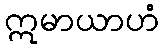
ဣမာယာဟံ